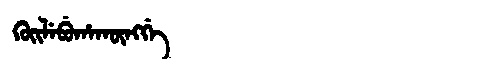
Manchu: ᡴᡠᡳᠯᡝᠪᡠᡥᠠᡴᡡᠩᡤᡝ
Romanization: KUILEBUHAKŪNGGE